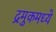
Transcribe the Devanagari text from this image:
द्रमुकमध्ये